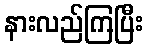
နားလည်ကြပြီး